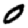
Digit: 0